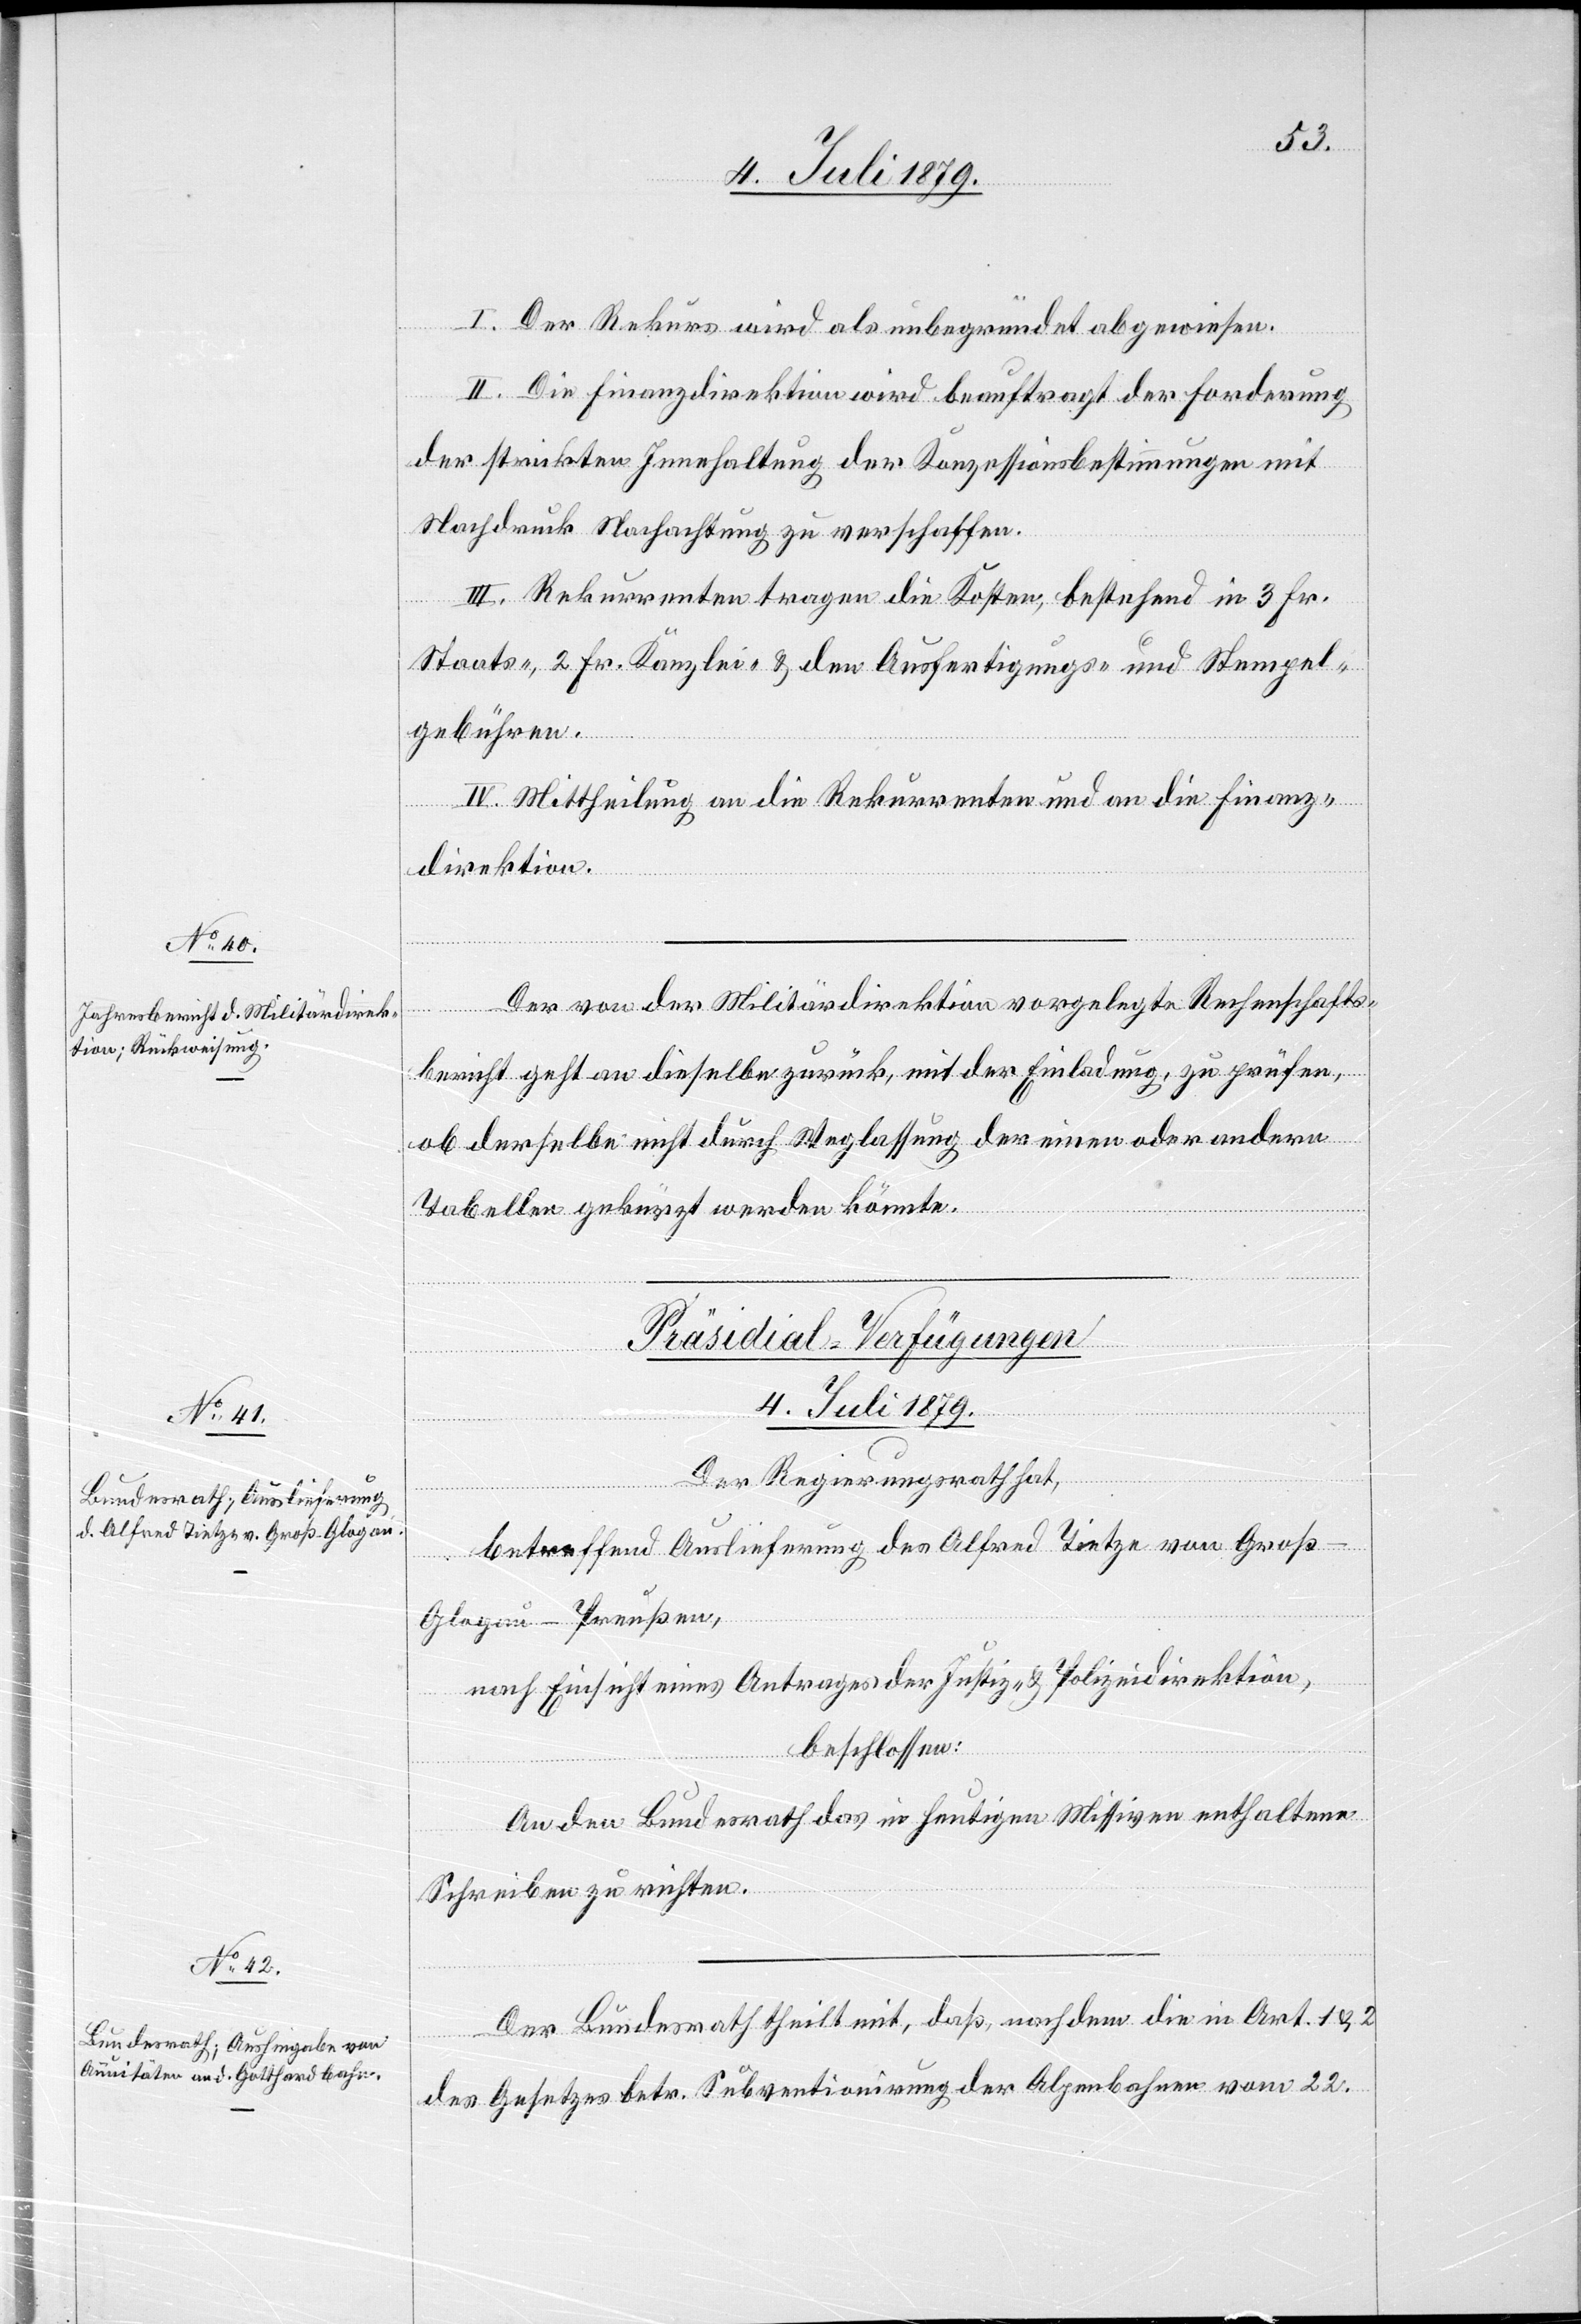
I. Der Rekurs wird als unbegründet abgewiesen.
II. Die Finanzdirektion wird beauftragt der Forderung
der strickten Innehaltung der Konzessionsbestimmungen mit
Nachdruck Nachachtung zu verschaffen.
III. Rekurrenten tragen die Kosten, bestehend in 3 Fr.
Staats-, 2 Fr. Kanzlei- & den Ausfertigungs- und Stempel¬
gebühren.
IV. Mittheilung an die Rekurrenten und an die Finanz¬
direktion.
Der von der Militärdirektion vorgelegte Rechenschafts¬
bericht geht an dieselbe zurück, mit der Einladung, zu prüfen,
ob derselbe nicht durch Weglassung der einen oder andern
Tabellen gekürzt werden könnte.
[Präsidial-Verfügungen
4. Juli 1879.]
Der Regierungsrath hat,
betreffend Auslieferung des Alfred Tietze von Groß-G¬
logau - Preußen,
nach Einsicht eines Antrages der Justiz- & Polizeidirektion,
beschlossen:
An den Bundesrath das in heutigen Missiven enthaltene
Schreiben zu richten.
Der Bundesrath theilt mit, daß, nachdem die in Art. 1 & 2
des Gesetzes betr. Subventionirung der Alpenbahnen vom 22.